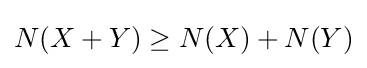
N(X+Y)\geq N(X)+N(Y)